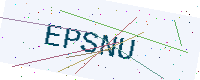
Text: EPSNU